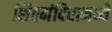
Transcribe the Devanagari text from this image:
शिवमंदिरामध्ये